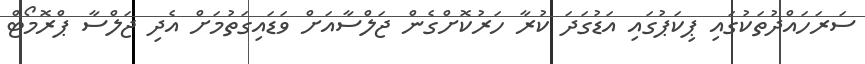
ސަރަހައްދުތަކުގައި ޕިކަޕުގައި އަޑުގަދަ ކުރާ ހަރުކޮށްގެން ޖަލްސާއަށް ވަޑައިގަތުމަށް އެދި ޖަލްސާ ޕްރޮމޯޓް